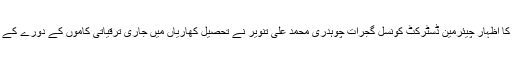
ان خیالات کا اظہار چیئرمین ڈسٹرکٹ کونسل گجرات چوہدری محمد علی تنویر نے تحصیل کھاریاں میں جاری ترقیاتی کاموں کے دورے کے دوران کیا۔